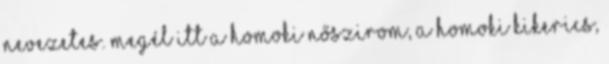
nevezetes. Megél itt a homoki nőszirom, a homoki kikerics,